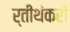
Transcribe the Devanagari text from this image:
र्तीथंकरों